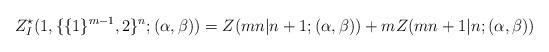
\begin{align*}\begin{aligned}Z^{\star}_{I}(1,\{\{1\}^{m-1},2\}^{n};(\alpha,\beta))=Z(mn|n+1;(\alpha,\beta))+mZ(mn+1|n;(\alpha,\beta))\end{aligned}\end{align*}